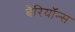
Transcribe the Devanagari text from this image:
बैरियॉन्स